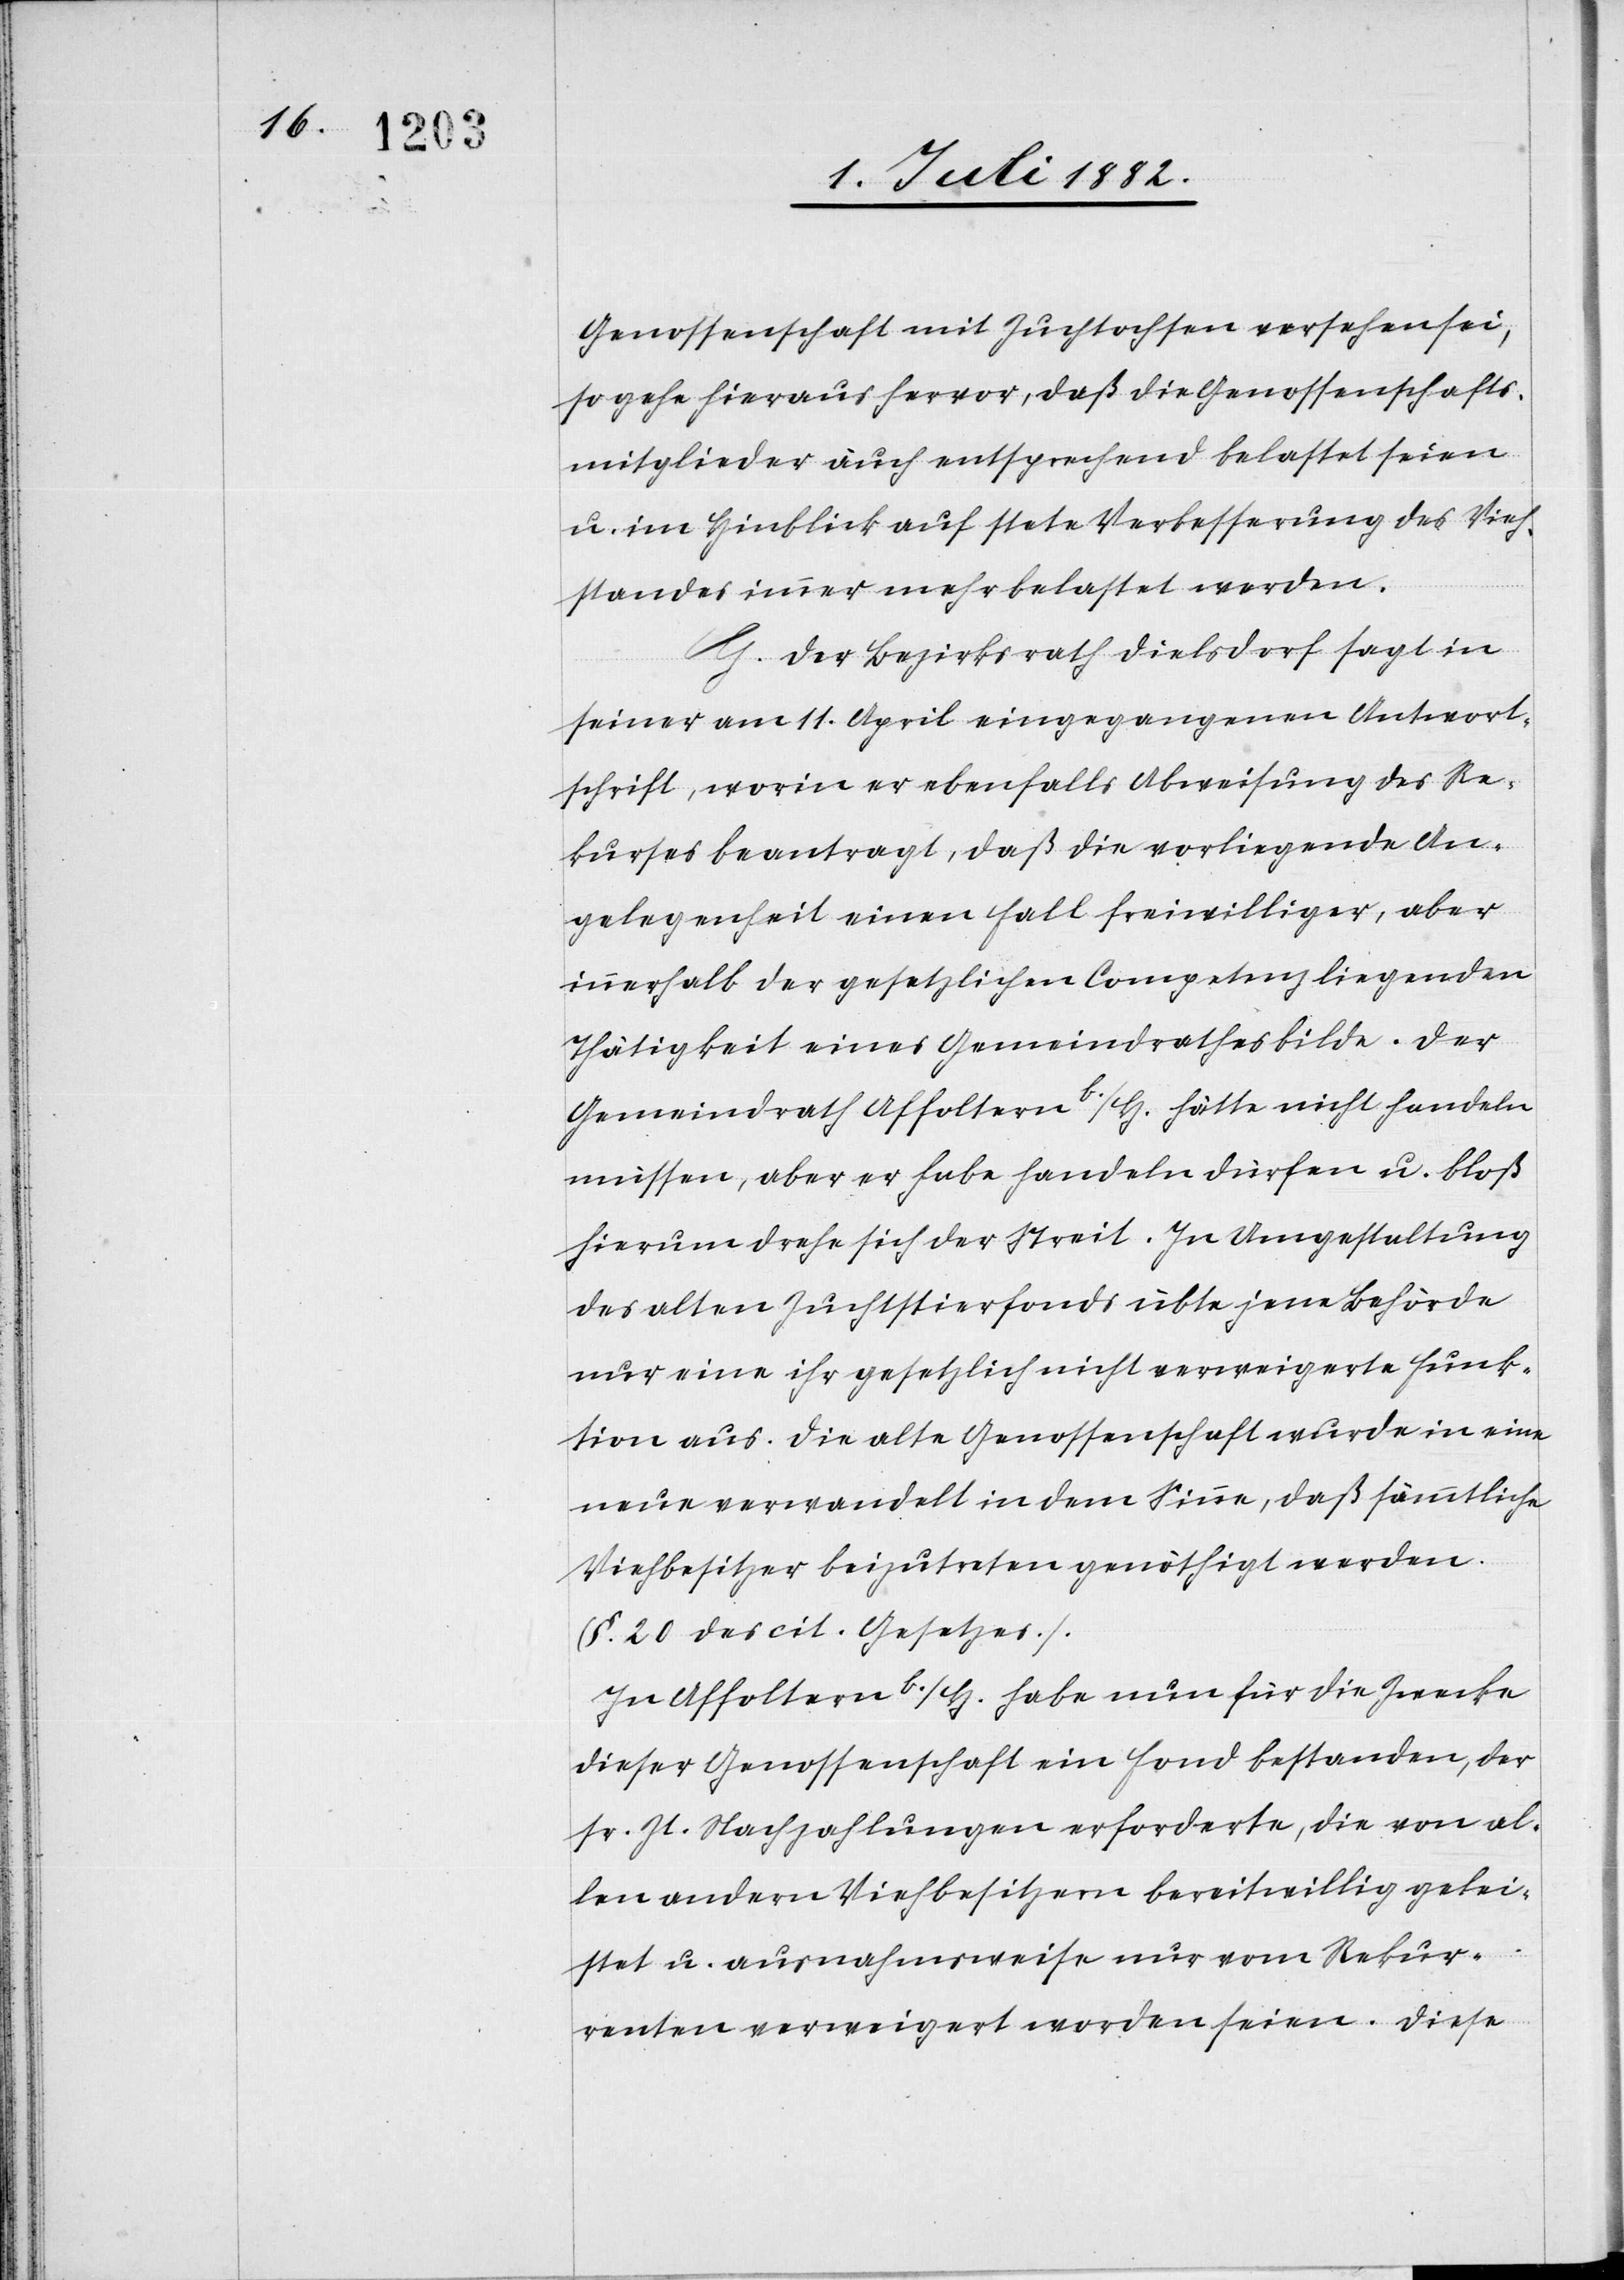
Genossenschaft mit Zuchtochsen versehen sei,
so gehe hieraus hervor, daß die Genossenschafts¬
mitglieder auch entsprechend belastet seien
u. im Hinblick auf stete Verbesserung des Vieh¬
standes immer mehr belastet werden.
G. Der Bezirksrath Dielsdorf sagt in
seiner am 11. April eingegangenen Antwort¬
schrift, worin er ebenfalls Abweisung des Re¬
kurses beantragt, daß die vorliegende An¬
gelegenheit einen Fall freiwilliger, aber
innerhalb der gesetzlichen Competenz liegenden
Thätigkeit eines Gemeindrathes bilde. Der
Gemeindrath Affoltern b./H. hätte nicht handeln
müssen, aber er habe handeln dürfen u. bloß
hierum drehe sich der Streit. In Umgestaltung
des alten Zuchtstierfonds übte jene Behörde
nur eine ihr gesetzlich nicht verweigerte Funk¬
tion aus. Die alte Genossenschaft wurde in eine
neue verwandelt in dem Sinne, daß sämmtliche
Viehbesitzer beizutreten genöthigt werden.
(§. 20 des cit. Gesetzes).
In Affoltern b./H. habe nun für die Zwecke
dieser Genossenschaft ein Fond bestanden, der
sr. Zt. Nachzahlungen erforderte, die von al¬
len andern Viehbesitzern bereitwillig gelei¬
stet u. ausnahmsweise nur vom Rekur¬
renten verweigert worden seien. Diese